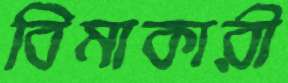
বিমাকারী